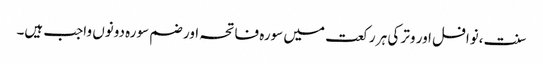
سنت ،نوافل اور وتر کی ہر رکعت میں سورہ فاتحہ اور ضم سورہ دونوں واجب ہیں۔